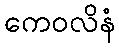
ကေဝလိနံ